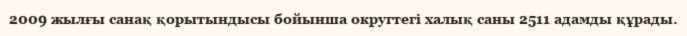
2009 жылғы санақ қорытындысы бойынша округтегі халық саны 2511 адамды құрады.